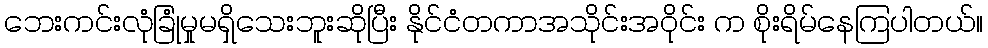
ဘေးကင်းလုံခြုံမှုမရှိသေးဘူးဆိုပြီး နိုင်ငံတကာအသိုင်းအဝိုင်း က စိုးရိမ်နေကြပါတယ်။